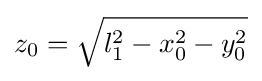
z_{0}={\sqrt {l_{1}^{2}-x_{0}^{2}-y_{0}^{2}}}